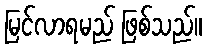
မြင်လာရမည် ဖြစ်သည်။